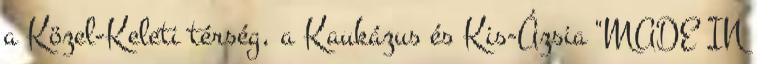
a Közel-Keleti térség, a Kaukázus és Kis-Ázsia "MADE IN